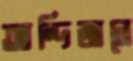
আন্দিজানে